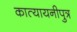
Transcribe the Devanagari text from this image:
कात्यायनीपुत्र